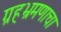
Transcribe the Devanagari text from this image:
ग्रहभ्रमणाचा